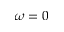
\omega = 0